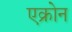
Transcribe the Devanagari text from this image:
एक्रोन